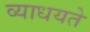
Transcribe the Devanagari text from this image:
व्याधयते